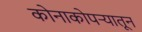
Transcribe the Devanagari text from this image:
कोनाकोपऱ्यातून